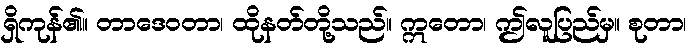
ရှိကုန်၏။ တာဒေဝတာ၊ ထိုနတ်တို့သည်။ ဣတော၊ ဤလူပြည်မှ။ စုတာ၊